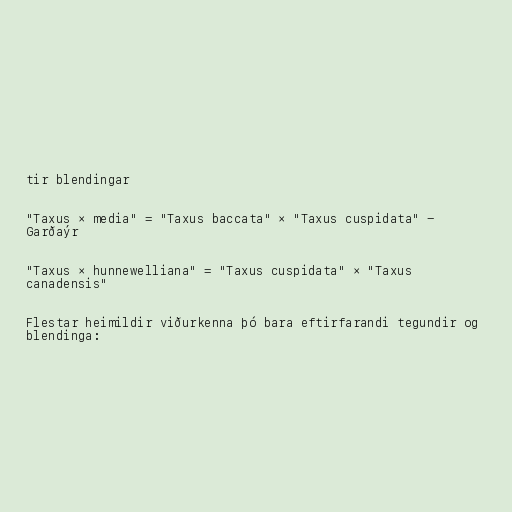
tir blendingar

"Taxus × media" = "Taxus baccata" × "Taxus cuspidata" -
Garðaýr

"Taxus × hunnewelliana" = "Taxus cuspidata" × "Taxus
canadensis"

Flestar heimildir viðurkenna þó bara eftirfarandi tegundir og
blendinga: